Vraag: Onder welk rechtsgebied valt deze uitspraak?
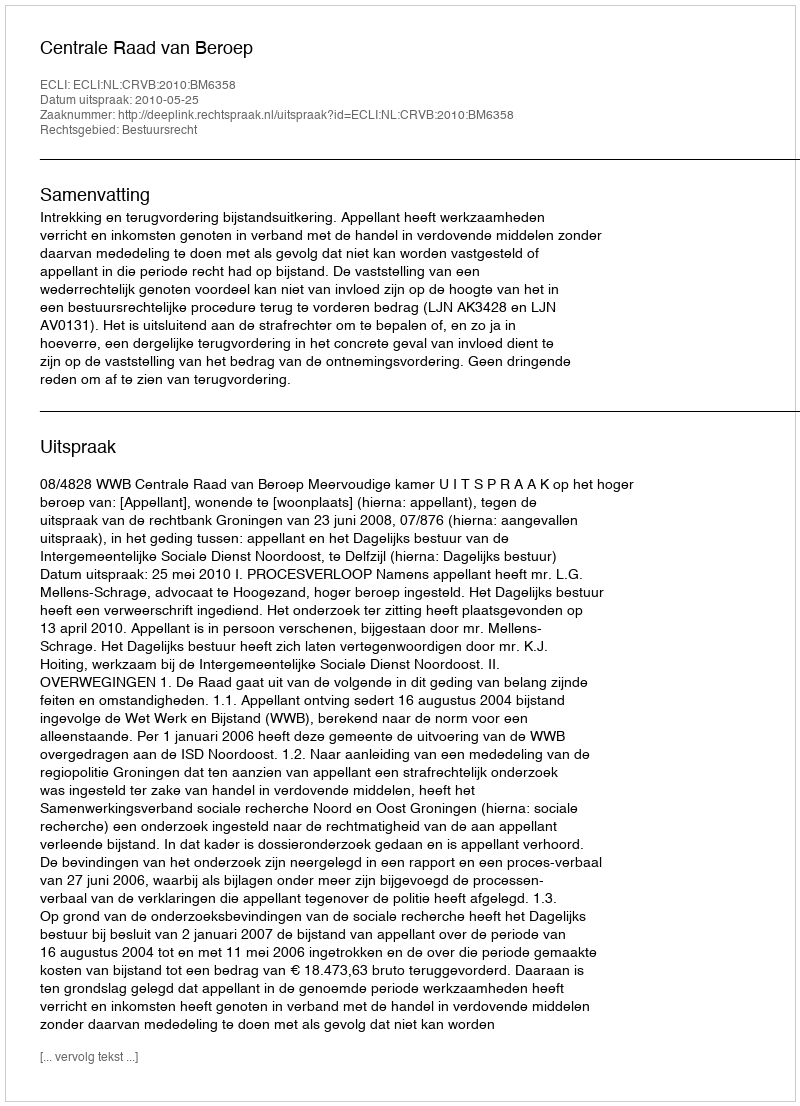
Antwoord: Bestuursrecht